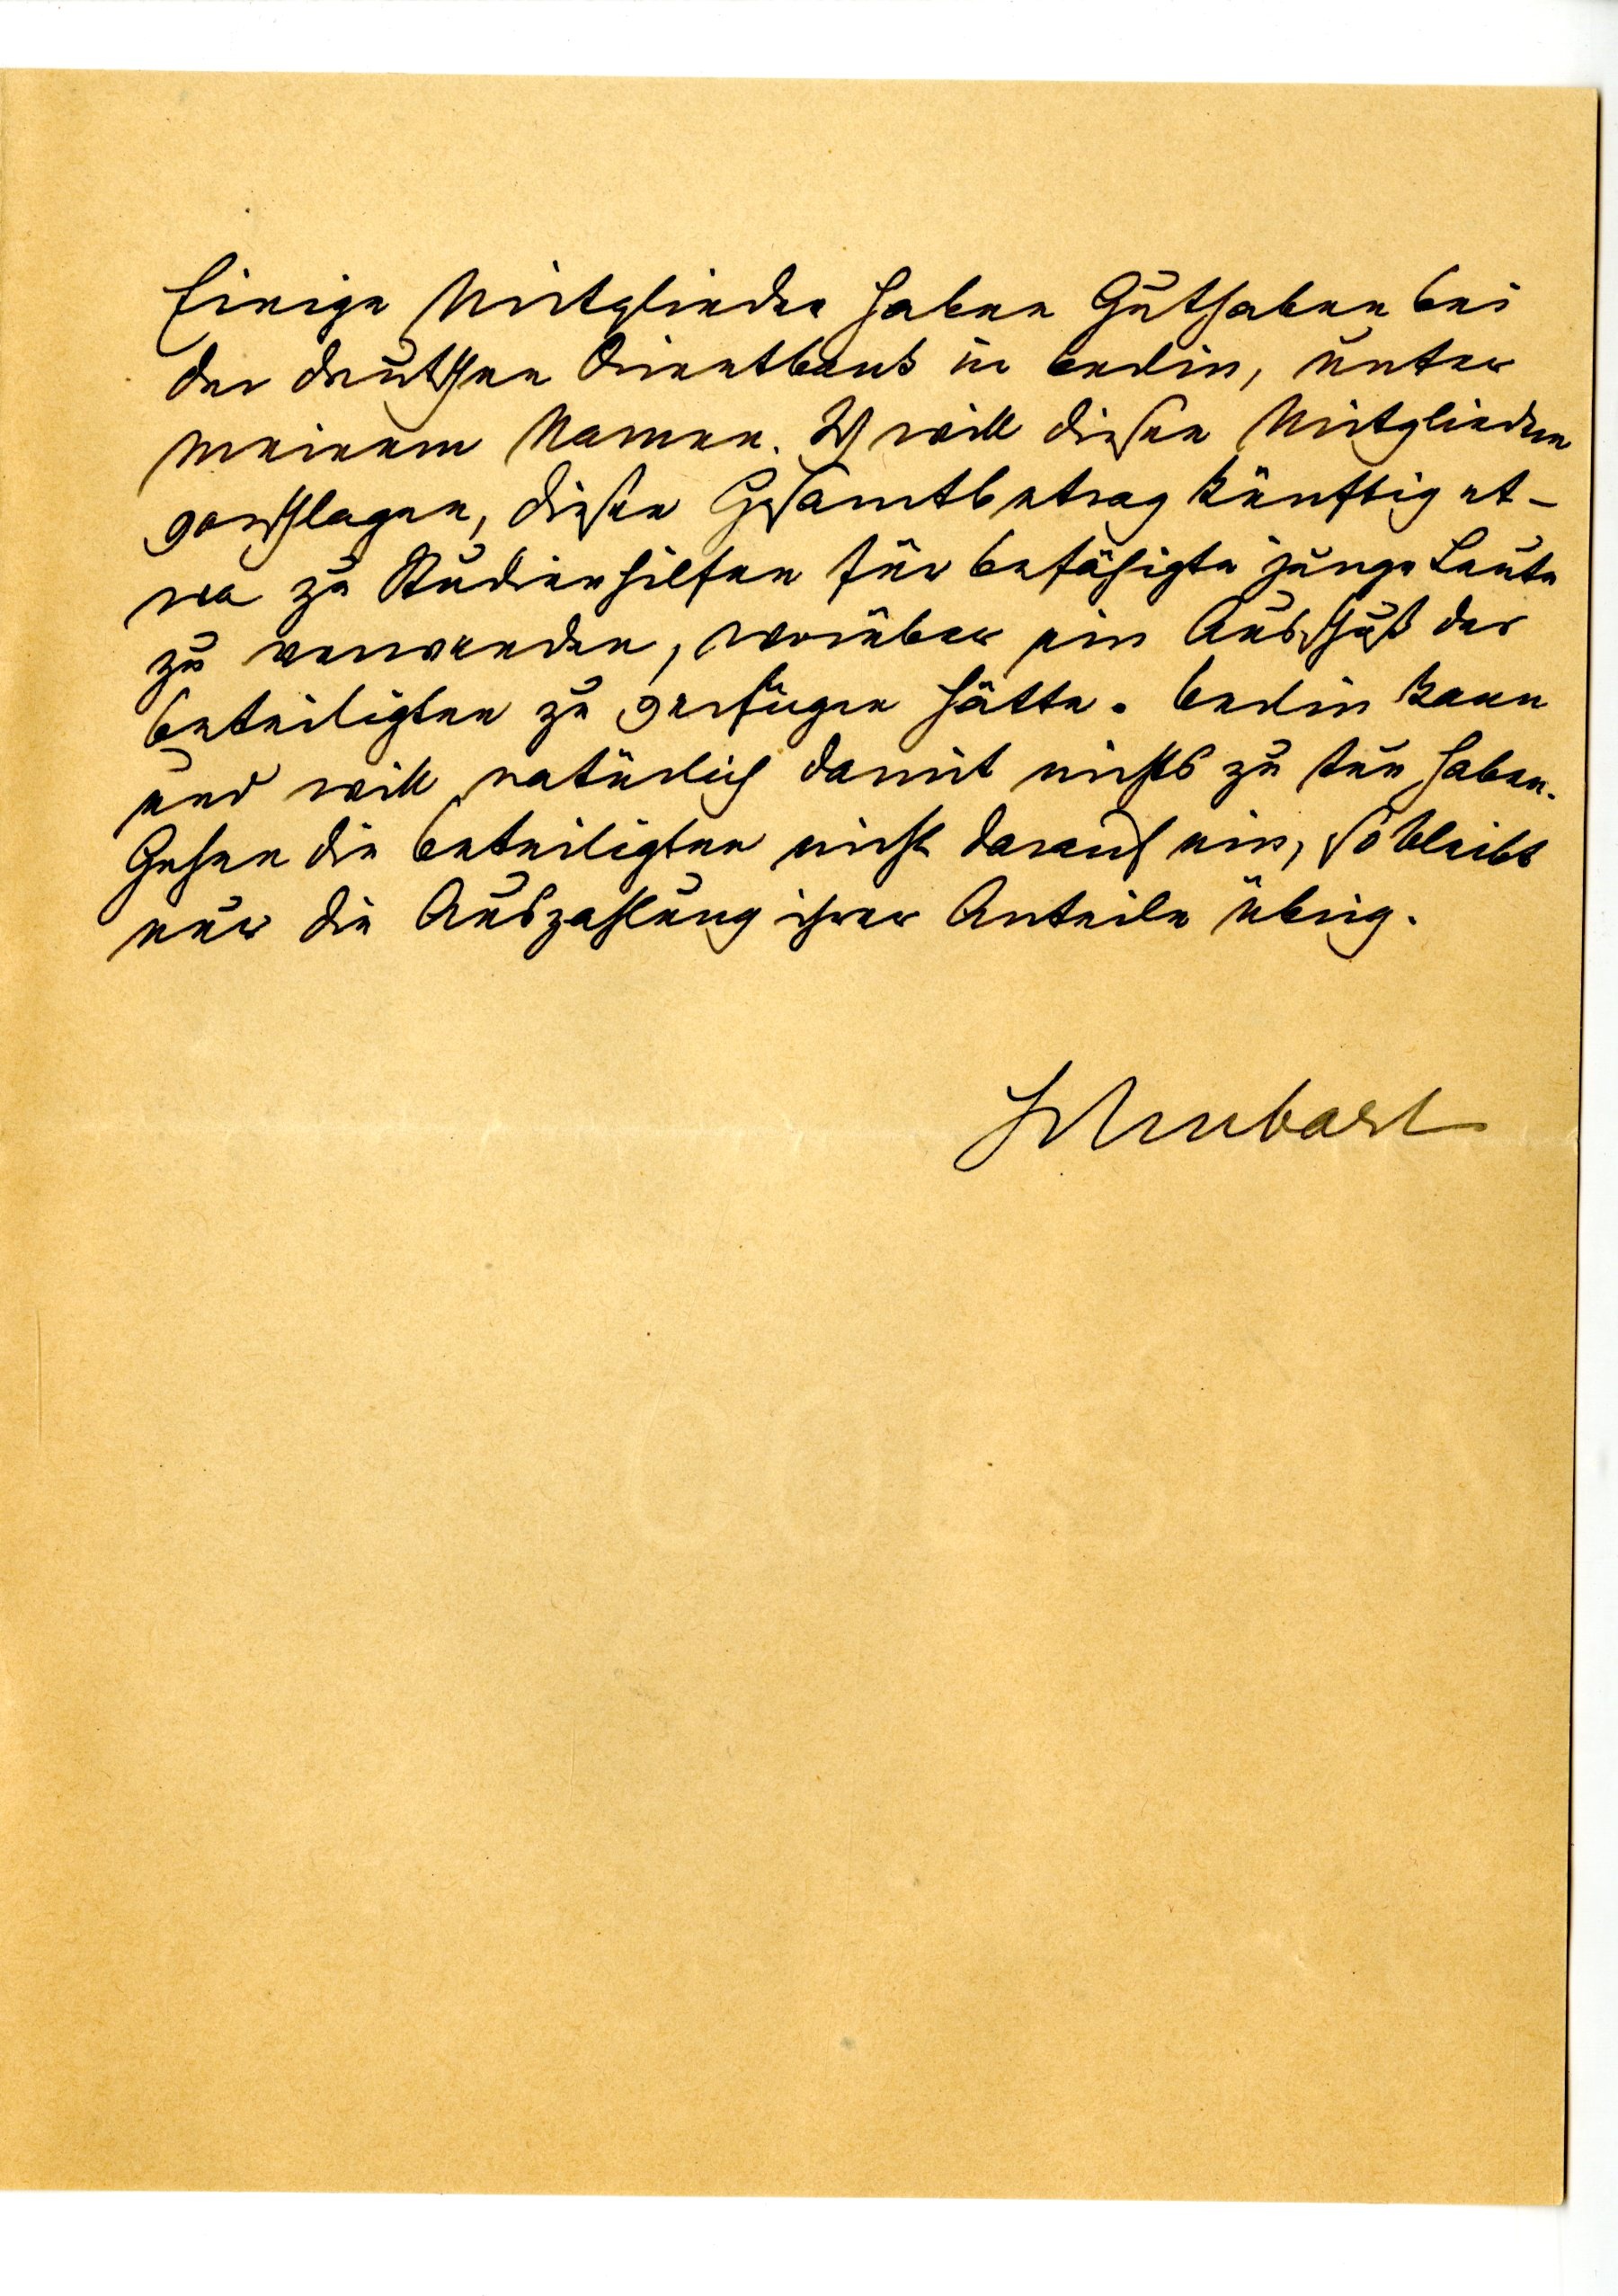
Einige Mitglieder haben Guthaben bei
der deutschen Orientbank in Berlin, unter
meinem Namen. Ich will diesen Mitgliedern
vorschlagen, diesen Gesamtbetrag künftig et¬
 wa zu Studienhilfen für befähigte junge Leute
zu verwenden, worüber ein Ausschuß der
Beteiligten zu verfügen hätte. Berlin kann
und will natürlich damit nichts zu tun haben.
Gehen die Beteiligten nicht darauf ein, so bleibt
nur die Auszahlung ihrer Anteile übrig.
Schubart